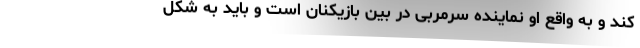
کند و به واقع او نماینده سرمربی در بین بازیکنان است و باید به شکل